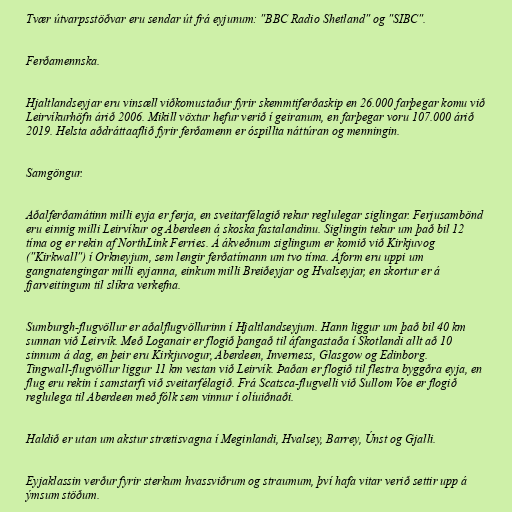
Tvær útvarpsstöðvar eru sendar út frá eyjunum: "BBC Radio Shetland" og "SIBC".

Ferðamennska.

Hjaltlandseyjar eru vinsæll viðkomustaður fyrir skemmtiferðaskip en 26.000 farþegar komu við
Leirvíkurhöfn árið 2006. Mikill vöxtur hefur verið í geiranum, en farþegar voru 107.000 árið
2019. Helsta aðdráttaaflið fyrir ferðamenn er óspillta náttúran og menningin.

Samgöngur.

Aðalferðamátinn milli eyja er ferja, en sveitarfélagið rekur reglulegar siglingar. Ferjusambönd
eru einnig milli Leirvíkur og Aberdeen á skoska fastalandinu. Siglingin tekur um það bil 12
tíma og er rekin af NorthLink Ferries. Á ákveðnum siglingum er komið við Kirkjuvog
("Kirkwall") í Orkneyjum, sem lengir ferðatímann um tvo tíma. Áform eru uppi um
gangnatengingar milli eyjanna, einkum milli Breiðeyjar og Hvalseyjar, en skortur er á
fjarveitingum til slíkra verkefna.

Sumburgh-flugvöllur er aðalflugvöllurinn í Hjaltlandseyjum. Hann liggur um það bil 40 km
sunnan við Leirvík. Með Loganair er flogið þangað til áfangastaða í Skotlandi allt að 10
sinnum á dag, en þeir eru Kirkjuvogur, Aberdeen, Inverness, Glasgow og Edinborg.
Tingwall-flugvöllur liggur 11 km vestan við Leirvík. Þaðan er flogið til flestra byggðra eyja, en
flug eru rekin í samstarfi við sveitarfélagið. Frá Scatsca-flugvelli við Sullom Voe er flogið
reglulega til Aberdeen með fólk sem vinnur í olíuiðnaði.

Haldið er utan um akstur strætisvagna í Meginlandi, Hvalsey, Barrey, Únst og Gjalli.

Eyjaklassin verður fyrir sterkum hvassviðrum og straumum, því hafa vitar verið settir upp á
ýmsum stöðum.